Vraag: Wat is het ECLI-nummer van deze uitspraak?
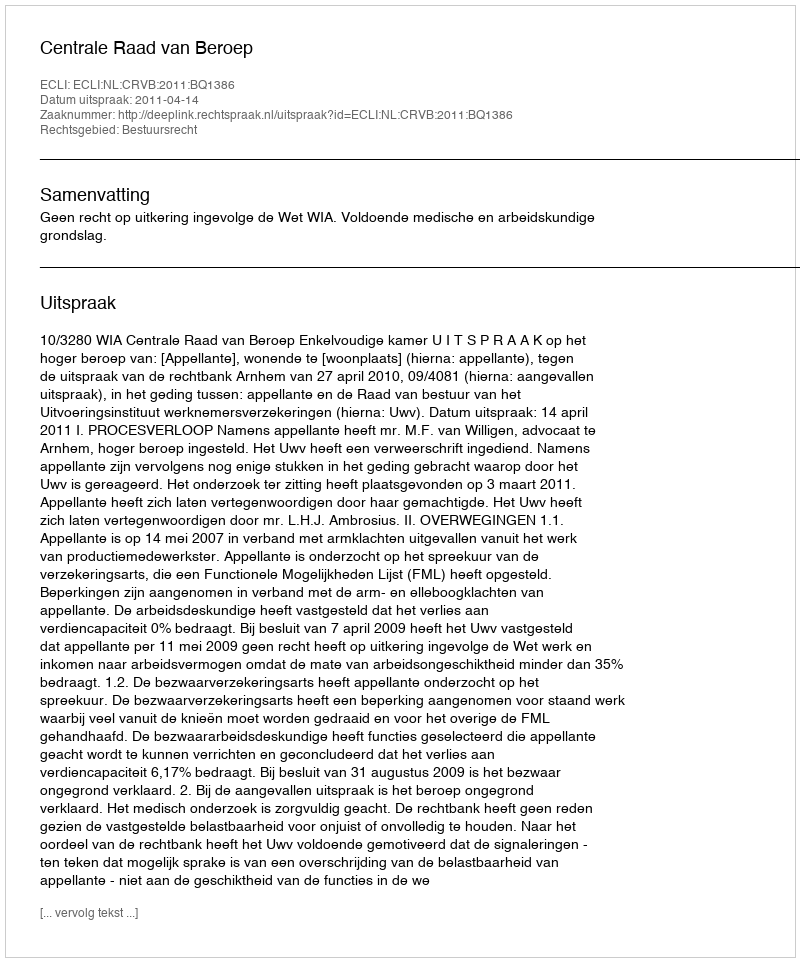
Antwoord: ECLI:NL:CRVB:2011:BQ1386